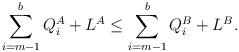
LaTeX: \begin{align*}\sum_{i=m-1}^b Q_i^A +L^A\leq \sum_{i=m-1}^b Q_i^B +L^B.\end{align*}